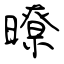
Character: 暸